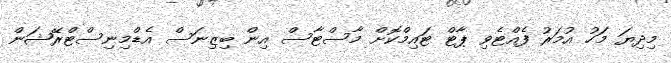
މިދިޔަ މަހު އުމަރު ފެއްޓެވި ޕާޓް ޓައިމްކޮށް މާސްޓާސް އިން ބިޒިނަސް އެޑްމިނިސްޓްރޭޝަން